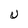
Character: U